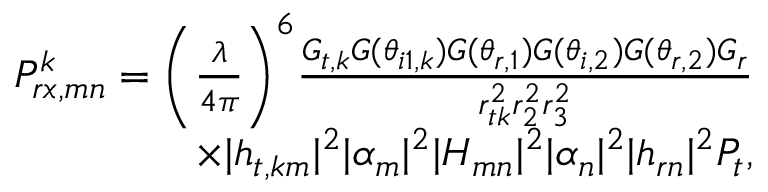
\begin{array} { r } { P _ { r x , m n } ^ { k } = \bigg ( \frac { \lambda } { 4 \pi } \bigg ) ^ { 6 } \frac { G _ { t , k } G ( \theta _ { i 1 , k } ) G ( \theta _ { r , 1 } ) G ( \theta _ { i , 2 } ) G ( \theta _ { r , 2 } ) G _ { r } } { r _ { t k } ^ { 2 } r _ { 2 } ^ { 2 } r _ { 3 } ^ { 2 } } } \\ { \times | { h } _ { t , k m } | ^ { 2 } | \alpha _ { m } | ^ { 2 } | H _ { m n } | ^ { 2 } | \alpha _ { n } | ^ { 2 } | { h } _ { r n } | ^ { 2 } P _ { t } , } \end{array}